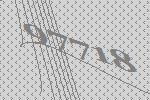
97718